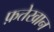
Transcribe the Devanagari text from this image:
फ़तेखान